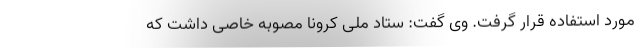
مورد استفاده قرار گرفت. وی گفت: ستاد ملی کرونا مصوبه خاصی داشت که